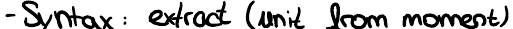
- Syntax : extract (unit from moment)